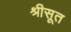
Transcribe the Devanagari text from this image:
श्रीसूत